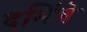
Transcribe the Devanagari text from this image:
दभिंचे